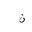
Letter: _non